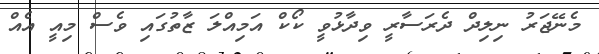
މެނޭޖަރު ނިލިދް ދެރަސާރީ ވިދާޅުވީ ކޯކް އަމިއްލަ ޒާތުގައި ވެސް މިއީ އެއް